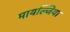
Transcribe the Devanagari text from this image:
मायल्जिया